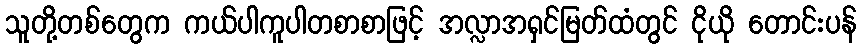
သူတို့တစ်တွေက ကယ်ပါကူပါတစာစာဖြင့် အလ္လာအရှင်မြတ်ထံတွင် ငိုယို တောင်းပန်